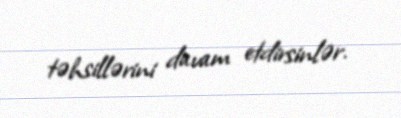
təhsillərini davam etdirsinlər.